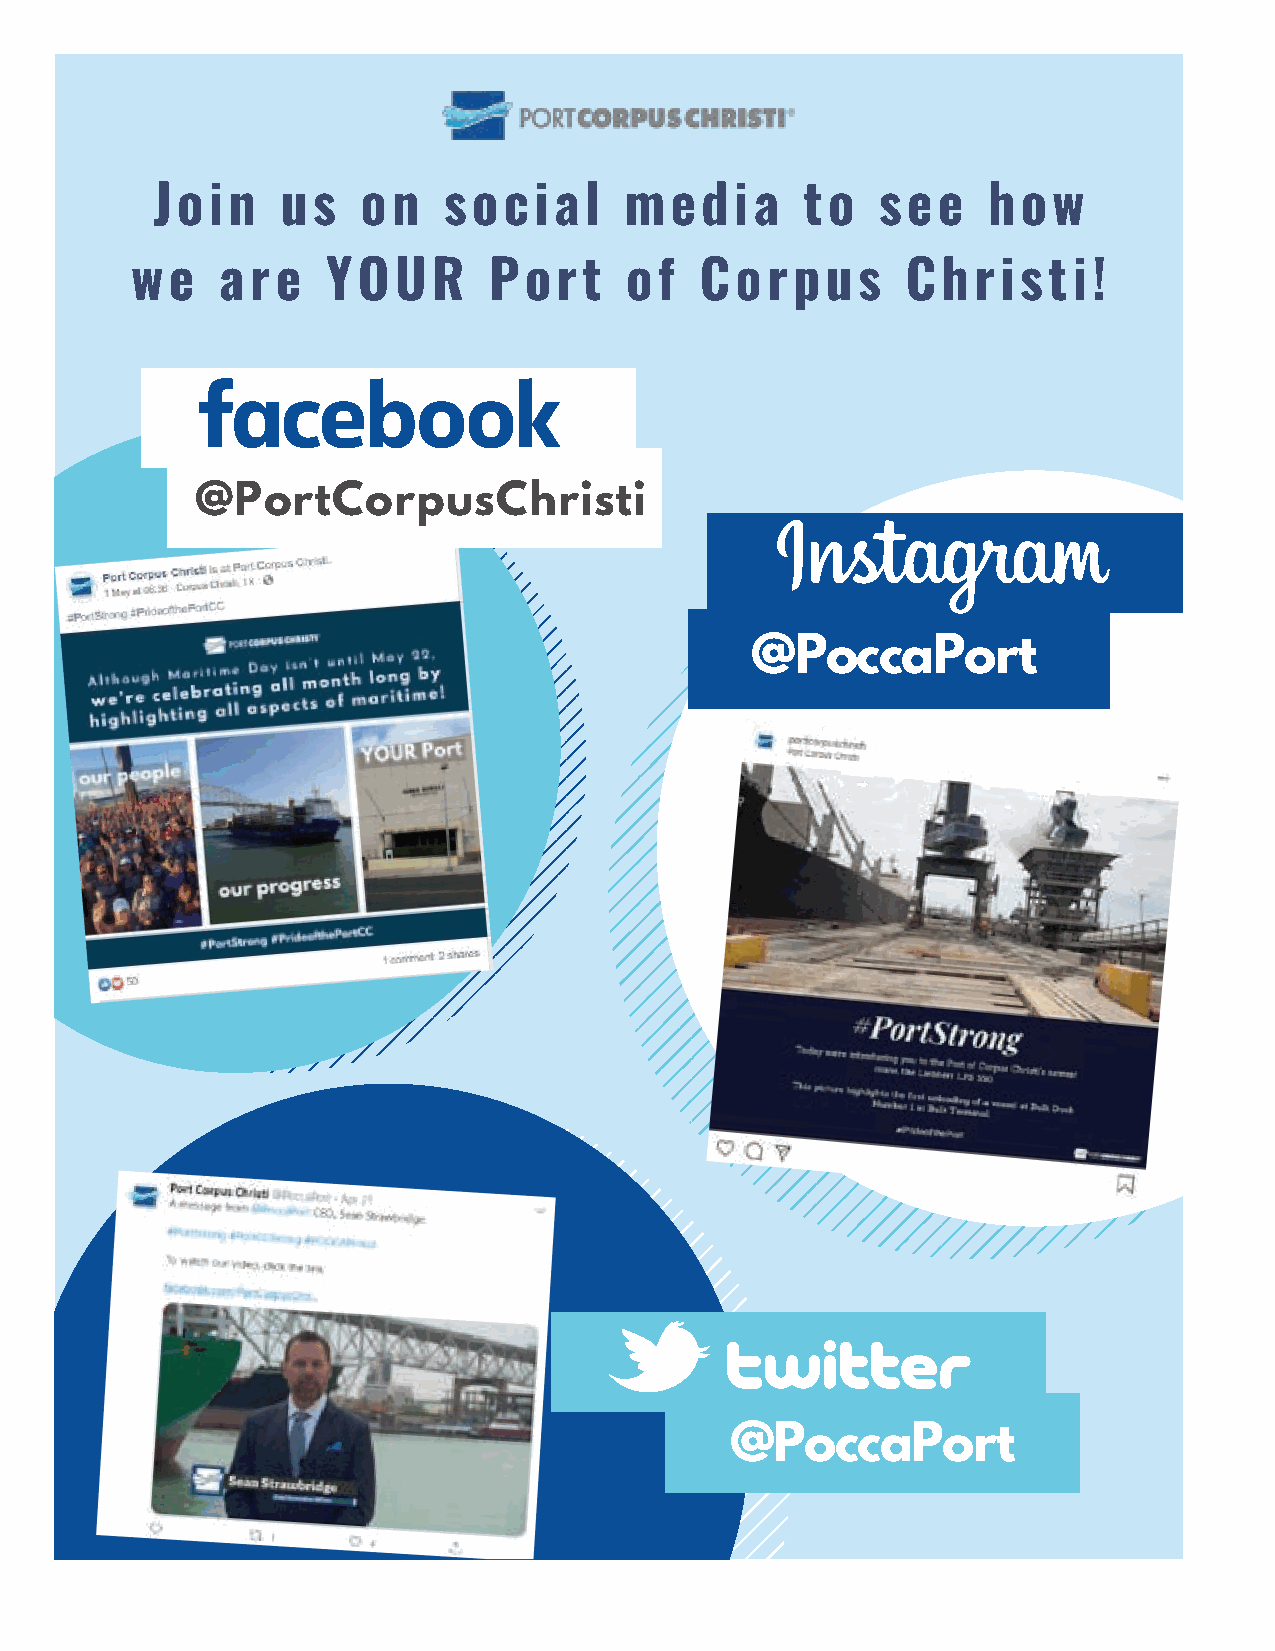
Tarush      Anand
 Join     us   on   social      media       to   see    how
 Member,  Houston
 tanand@mcglinchey.com
 we   are     YOUR      Port     of   Corpus        Christi!
 T (713) 335-2118
 Areas of Practice:
 • Business Disputes and Litigation
 • Contract Drafting and Negotiation
 @PortCorpusChristi                                                               • Defense of Serious Injury and Death Claims
 • General Civil Litigation
 • Products Liability Defense
 @PoccaPort
 Tarush Anand  and his McGlinchey colleagues are pleased to support
 the Indo-American  Chamber  of Commerce  of Greater Houston.
 McGlinchey Stafford is a premier business law firm offering services in more
 than 40 practice areas to clients of all sizes at the local, regional, national, and
 international levels. Our 140 attorneys are based in 15 offices across 10 states
 and Washington, DC.
 Our lawyers offer deep domain knowledge across multiple industries and help
 clients address their business and legal challenges with innovative, resourceful,
 and cost-effective solutions.
 We give you more isn’t just a spirited tagline or an aspirational claim.
 It is a commitment you can count on. Learn more at mcglinchey.com.
 @PoccaPort
 Albany Baton Rouge Birmingham Boston Cleveland Dallas Fort Lauderdale Houston
 Irvine Jackson Jacksonville Nashville New Orleans New York City Washington, DC
 Attorney Advertising. © 2021 McGlinchey Stafford PLLC. All Rights Reserved. 1001 McKinney St, Ste 1500, Houston, Texas 77002. (713) 520-1900.
 McGlinchey Stafford PLLC in AL, FL, LA, MA, MS, NY, OH, TN, TX, and DC. McGlinchey Stafford LLP in CA.